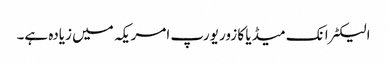
الیکٹرانک میڈیا کا زور یورپ امریکہ میں زیادہ ہے۔